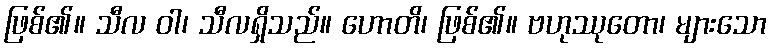
ဖြစ်၏။ သီလ ဝါ၊ သီလရှိသည်။ ဟောတိ၊ ဖြစ်၏။ ဗဟုဿုတော၊ များသော